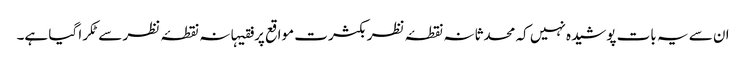
ان سے یہ بات پوشیدہ نہیں کہ محدثانہ نقطۂ نظر بکثرت مواقع پر فقیہانہ نقطۂ نظر سےٹکرا گیا ہے۔